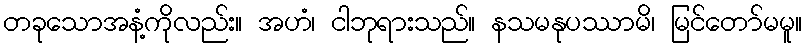
တခုသောအနံ့ကိုလည်း။ အဟံ၊ ငါဘုရားသည်။ နသမနုပဿာမိ၊ မြင်တော်မမူ။